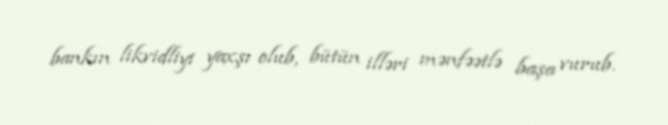
bankın likvidliyi yaxşı olub, bütün illəri mənfəətlə başa vurub.